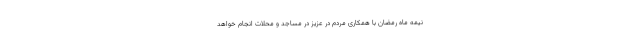
نیمه ماه رمضان با همکاری مردم در عزیز در مساجد و محلات انجام خواهد